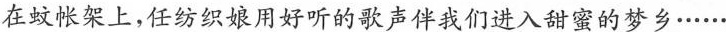
在蚊帐架上，任纺织娘用好听的歌声伴我们进入甜蜜的梦乡……